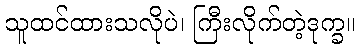
သူထင်ထားသလိုပဲ၊ ကြီးလိုက်တဲ့ဒုက္ခ။